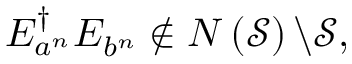
E _ { a ^ { n } } ^ { \dagger } E _ { b ^ { n } } \notin N \left( { \mathcal { S } } \right) \backslash { \mathcal { S } } ,